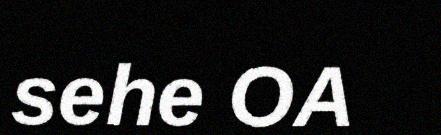
sehe OA